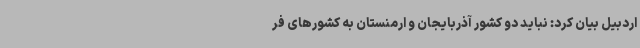
اردبیل بیان کرد: نباید دو کشور آذربایجان و ارمنستان به کشورهای فر